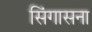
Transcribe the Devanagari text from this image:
सिंगासना